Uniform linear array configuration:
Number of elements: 12
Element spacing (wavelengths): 1
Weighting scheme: cosine
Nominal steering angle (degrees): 15
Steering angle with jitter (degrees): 15.655
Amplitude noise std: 0.05
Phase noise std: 0.05

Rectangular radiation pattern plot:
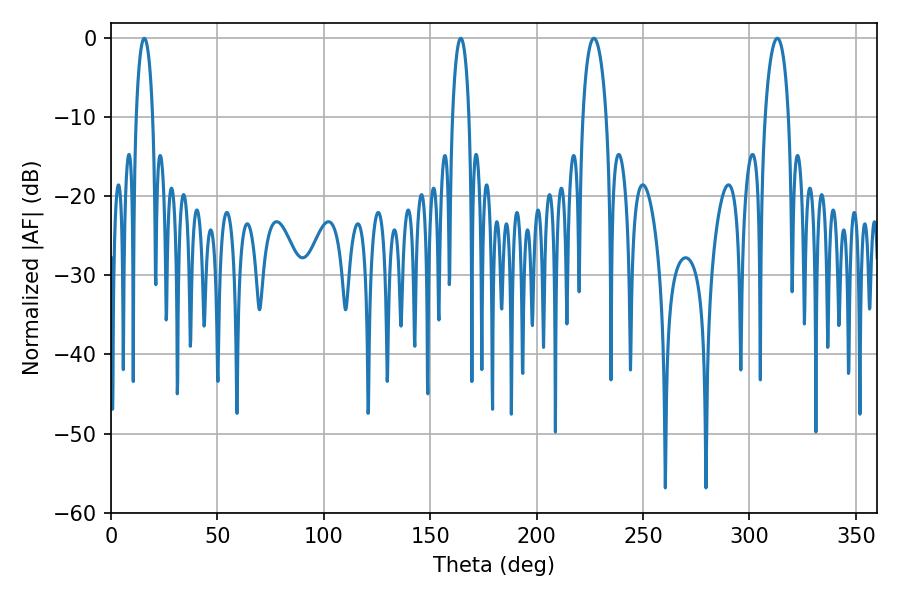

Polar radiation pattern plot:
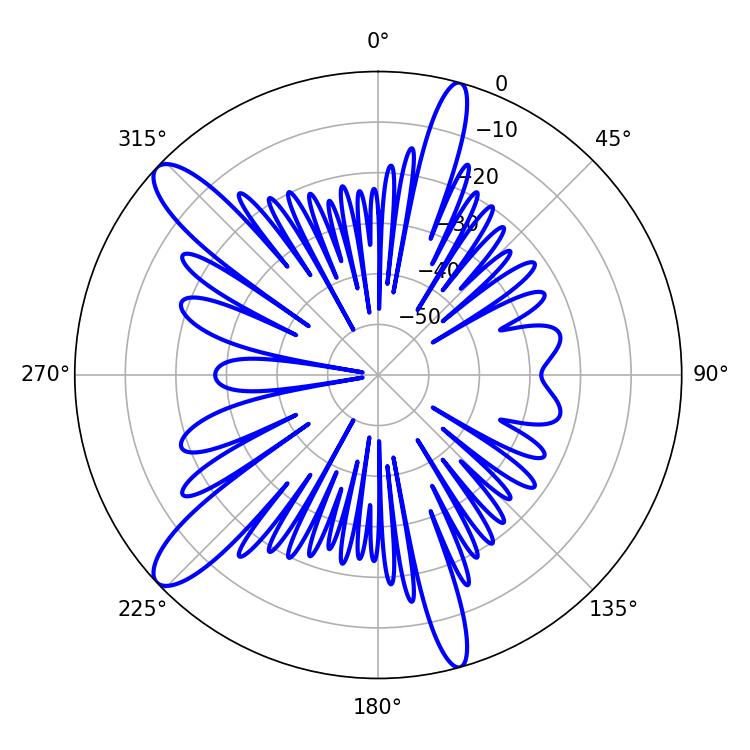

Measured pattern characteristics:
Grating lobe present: TRUE
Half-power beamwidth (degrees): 4.32
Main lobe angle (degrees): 15.66